Loodushoiu_ja_Turismi_Instituut, lk 313
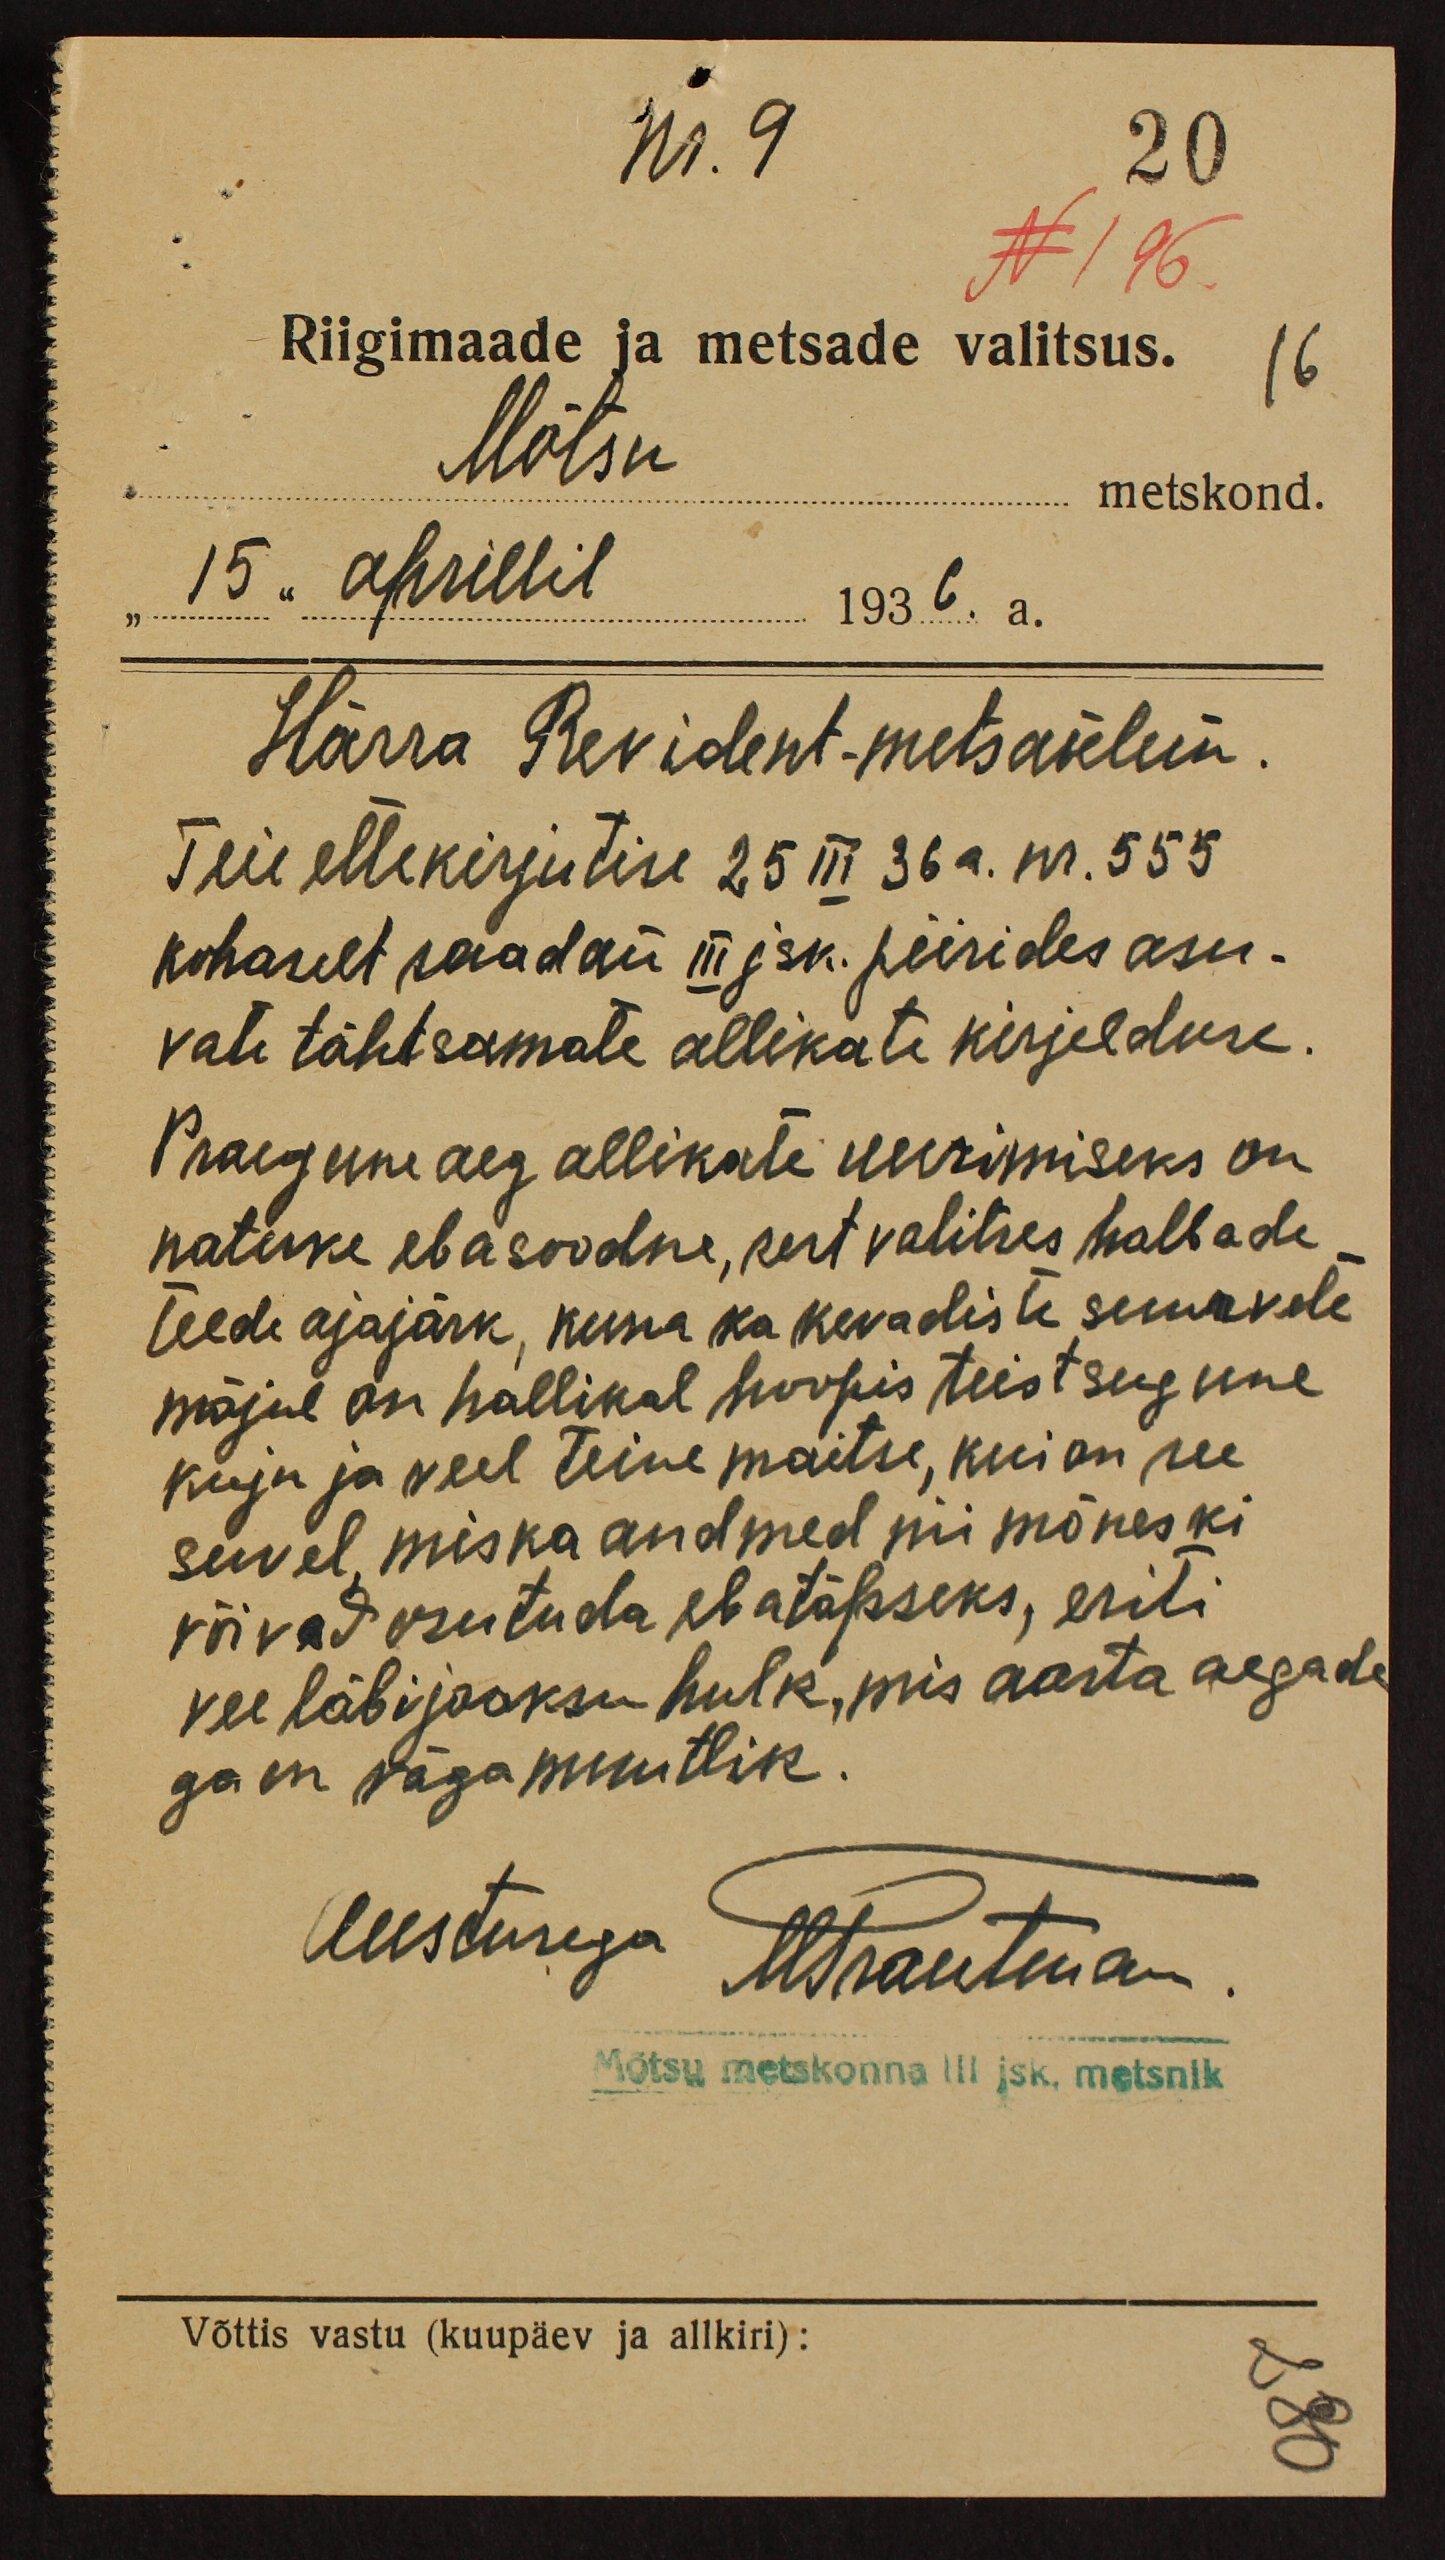
Nr. 9
20
N 196
Riigimaade ja metsade valitsus. 16
Mõtsu metskond.
15" aprillil 1936. a.
Härra Revident-metsaülem.
Teie ettekirjutise 25 III 36 a. nr. 555
kohaselt saadan III jsk. piirides asu-
vate tähtsamate allikate kirjelduse.
Praegune aeg allikate uurimiseks on
natuke ebasoodne, kest valitses halbade
teede ajajärk, kuna ka kevadiste suurvete.
mõjul on hallikal hoopis teistsugune
kuju ja veel teine maitse, kui on see
suvel, mis ka andmed nii mõneski
võivad osutuda ebatäpseks, eriti
vee läbijooksu hulk, mis aasta aegade
ga on väga muutlik.
Austusega Mtrautman.
Mõtsu metskonna III jsk. metsnik
Võttis vastu (kuupäev ja allkiri):